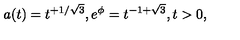
a ( t ) = t ^ { + 1 / \sqrt 3 } , e ^ { \phi } = t ^ { - 1 + \sqrt 3 } , t > 0 ,